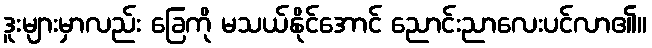
ဒူးများမှာလည်း ခြေကို မသယ်နိုင်အောင် ညောင်းညာလေးပင်လာ၏။